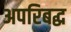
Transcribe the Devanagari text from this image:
अपरिबद्ध